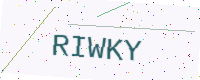
Text: RIWKY